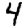
Digit: 4